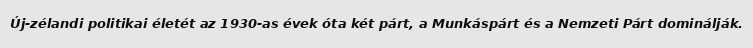
Új-zélandi politikai életét az 1930-as évek óta két párt, a Munkáspárt és a Nemzeti Párt dominálják.